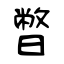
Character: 暼